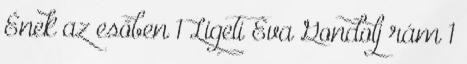
Ének az esőben 1 Ligeti Éva Gondolj rám 1